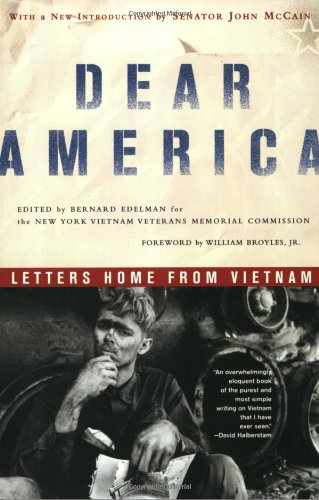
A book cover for Dear America: Letters Home from Vietnam; Literature & Fiction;